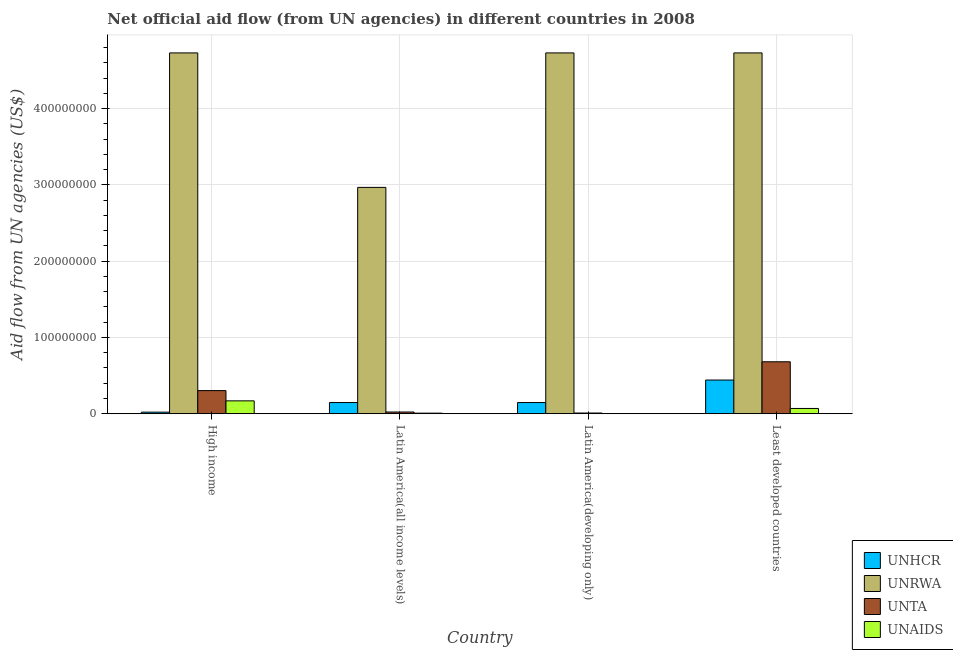
| Country | UNHCR | UNRWA | UNTA | UNAIDS |
 | --- | --- | --- | --- | --- |
 | High income | 2.11e+06 | 4.73e+08 | 3.04e+07 | 1.69e+07 |
 | Latin America(all income levels) | 1.47e+07 | 2.97e+08 | 2.26e+06 | 7.8e+05 |
 | Latin America(developing only) | 1.47e+07 | 4.73e+08 | 9.4e+05 | 1.4e+05 |
 | Least developed countries | 4.42e+07 | 4.73e+08 | 6.81e+07 | 6.92e+06 |